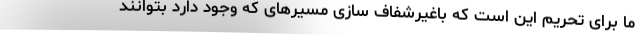
ما برای تحریم این است که باغیرشفاف سازی مسیرهای که وجود دارد بتوانند